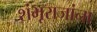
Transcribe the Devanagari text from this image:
शंभूराजांना